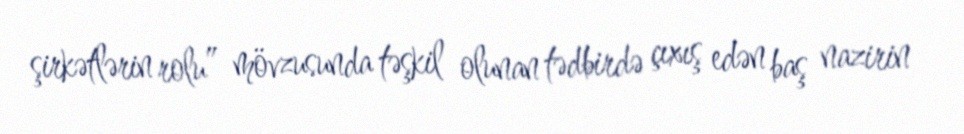
şirkətlərin rolu” mövzusunda təşkil olunan tədbirdə çıxış edən baş nazirin